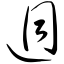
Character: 迥